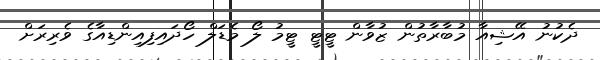
ދެކުނު އޭޝިއާ މުބާރާތުން ޒުވާން ޓީޓީ ޓީމު ލޯ މެޑަލް ހޯދައިފިއިންޑިއާގެ ވެރިރަށް